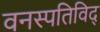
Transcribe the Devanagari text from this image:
वनस्पतिविद्